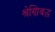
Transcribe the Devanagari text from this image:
श्रेणिबद्ध